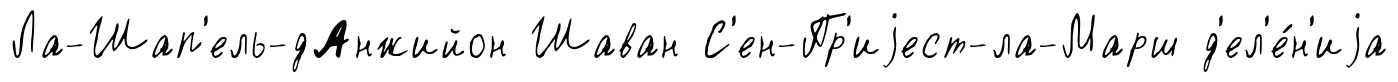
Ла-Шап'ель-дАнжийон Шаван С'ен-Пр'иjест-ла-Марш д'ел'е́н'иjа